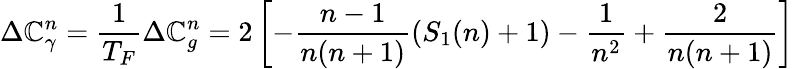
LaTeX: \Delta\mathbb{C}_{\gamma}^{n}=\frac{{1}}{{T_{F}}}\Delta\mathbb{C}_{g}^{n}=2\left[-\frac{{n-1}}{{n(n+1)}}\left(S_{1}(n)+1\right)-\frac{{1}}{{n^{2}}}+\frac{{2}}{{n(n+1)}}\right]